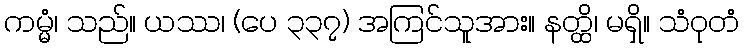
ကမ္မံ၊ သည်။ ယဿ၊ (ပေ ၃၃၇) အကြင်သူအား။ နတ္ထိ၊ မရှိ။ သံဝုတံ